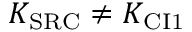
K _ { \mathrm { S R C } } \neq K _ { \mathrm { C I 1 } }